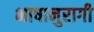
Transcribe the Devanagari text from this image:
भाषानुरागी